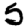
Digit: 5